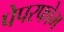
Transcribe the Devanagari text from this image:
पेपरफोम